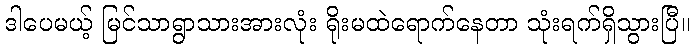
ဒါပေမယ့် မြင်သာရွာသားအားလုံး ရိုးမထဲရောက်နေတာ သုံးရက်ရှိသွားပြီ။